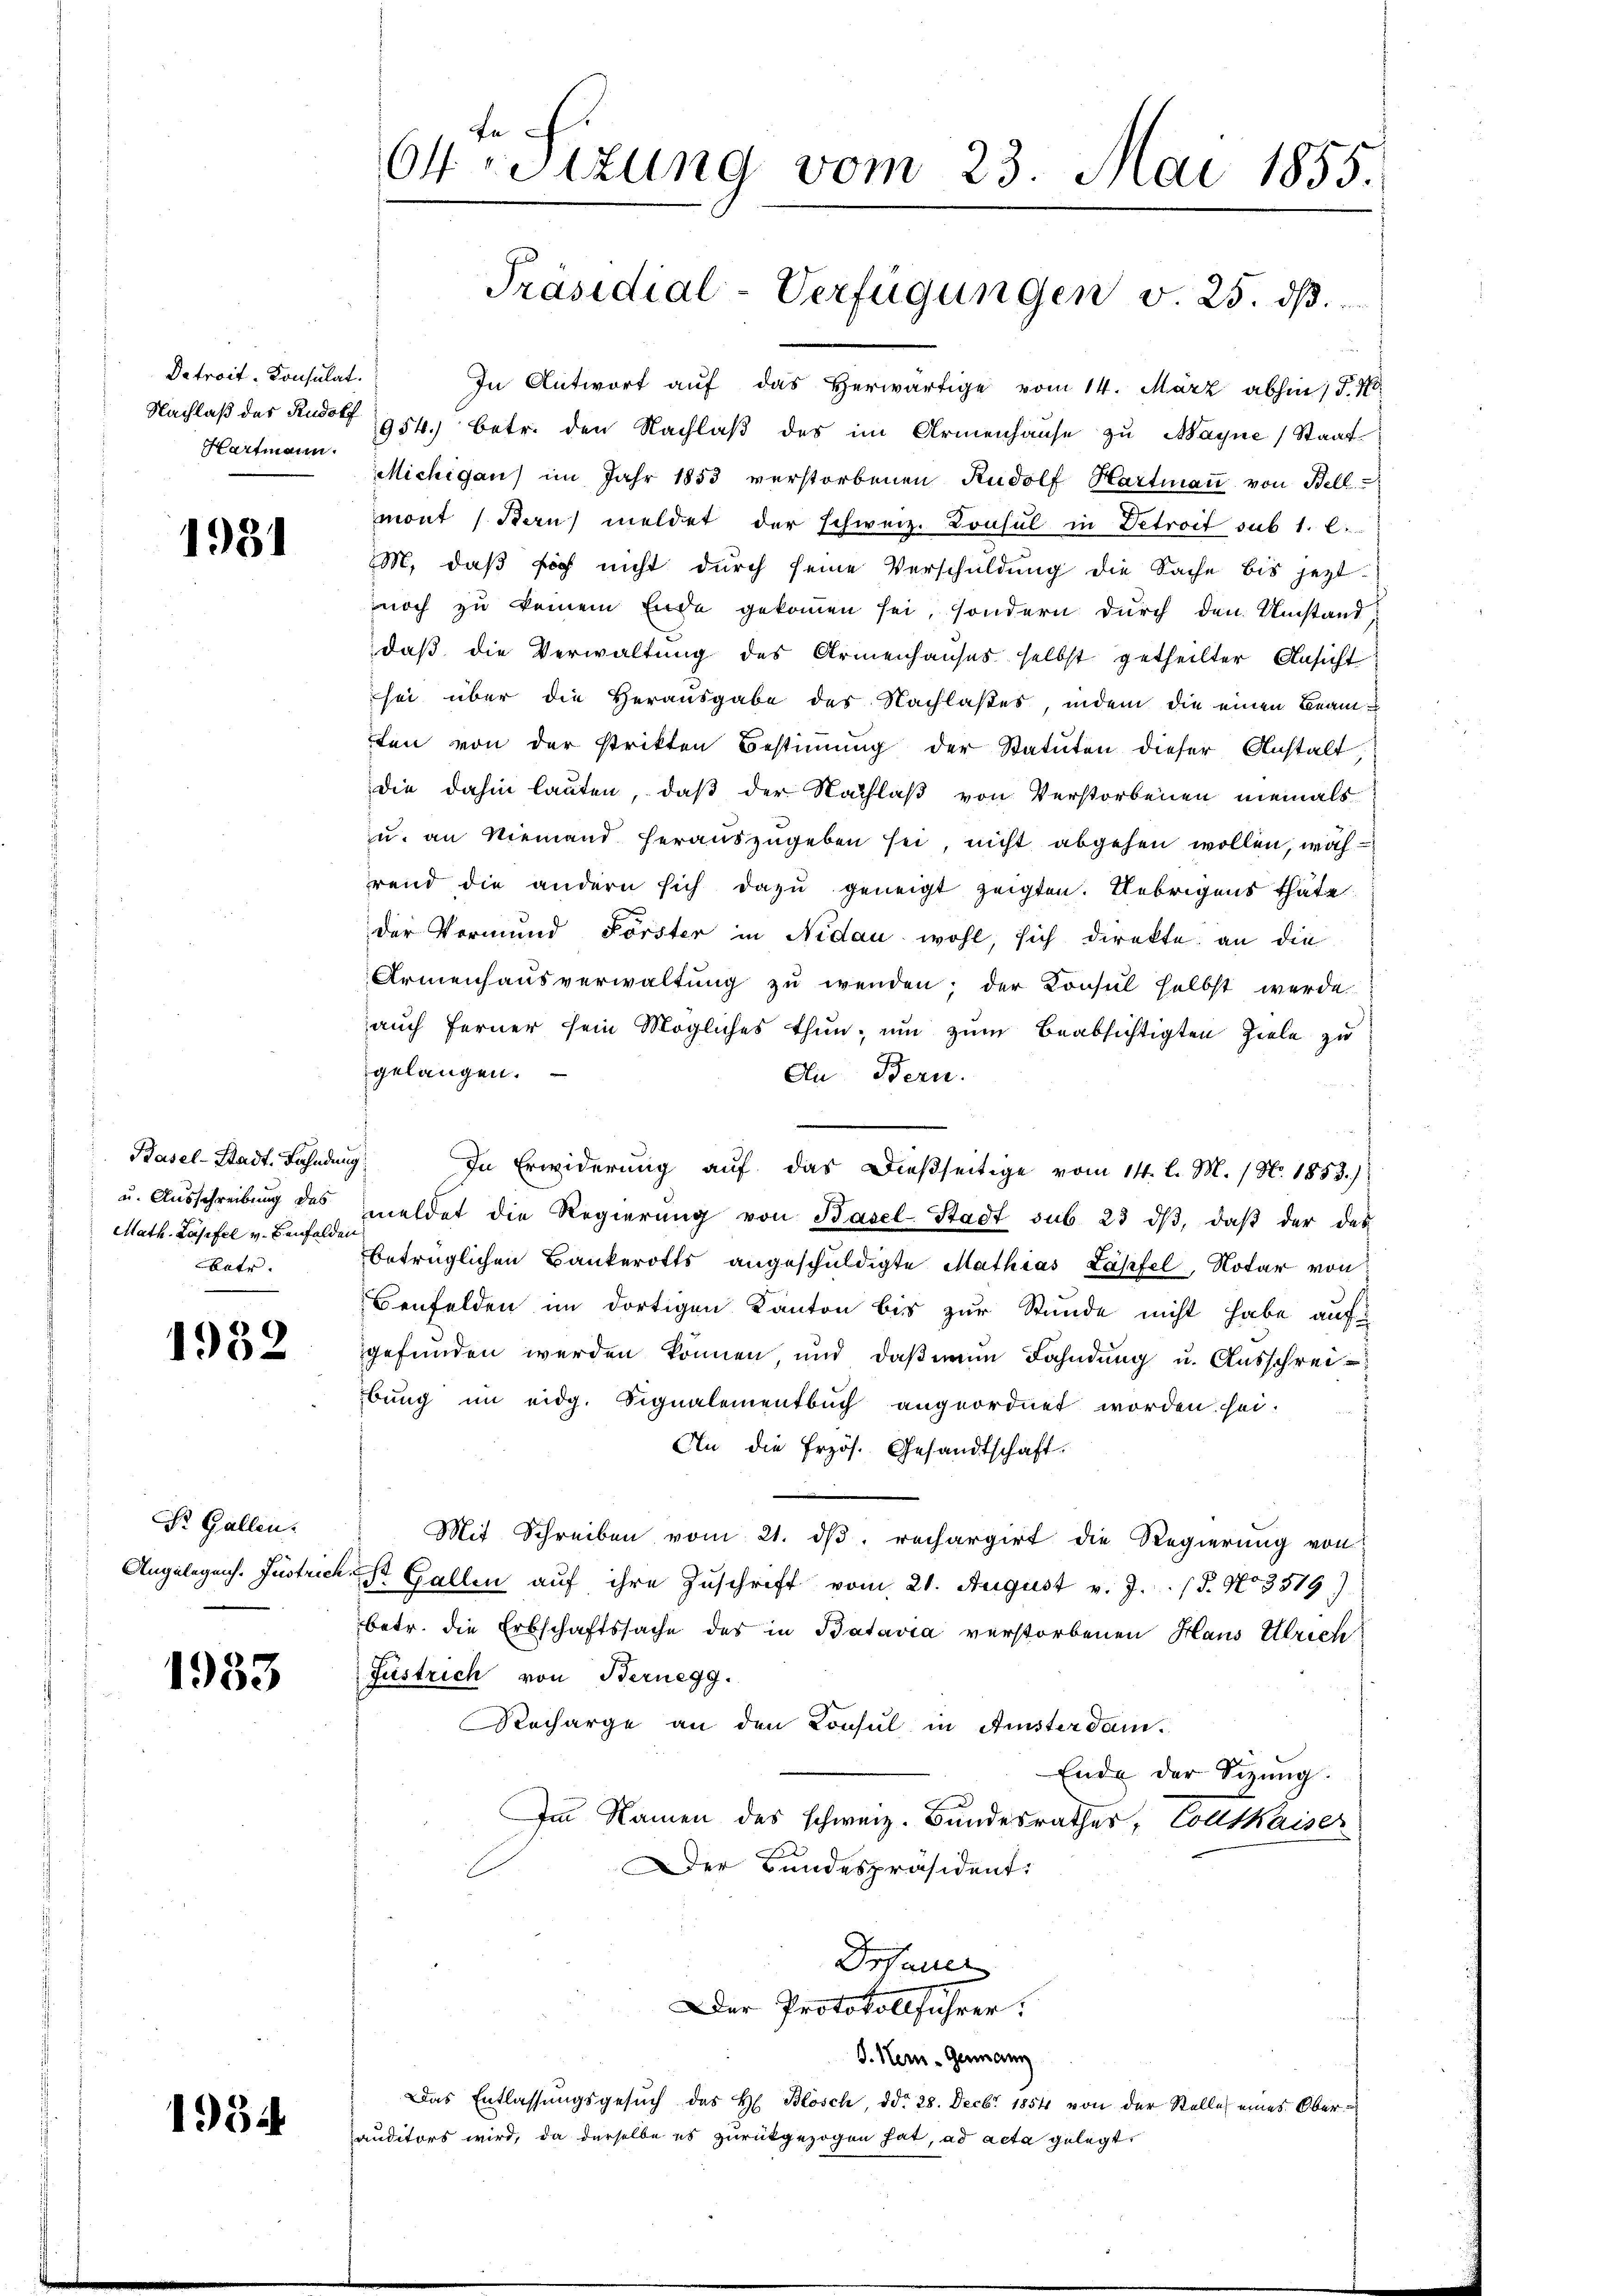
Detroit-Konsulat.
Hartmann.

1931

Basel-Stadt. Fahndung
u. Ausschreibung des
Math. Lasefel v. Benfelden
batr.

1932

Dr. Gallen.

1983

1954

64ten Sizung vom 23. Mai 1855.

Präsidial-Verfügungen § 25. ds.

In Antwort auf das herwärtige vom 14. März abhin, 5. No
Nachlaß des Rudolf 954.) Betr. den Nachlaβ des im Armenhause zu Mayne (Staat¬
Michigan) im Jahr 1853 verstorbenen Rudolf Hartmaṅ von Bell
mont (Bern meldet der Schweiz. Konsul in Detroit sub 1. l.
M. daß sich nicht durch seine Verschuldung die Sache bis jetzt
noch zu keinem Ende gekommen sei, sondern durch den Umstand,
daß die Verwaltung des Armenhauses selbst getheilter Ansicht
sei über die Herausgabe des Nachlaßes, indem die einen Beam
ten von der strikten Bestimmung der Statuten dieser Anstalt
die dahin lauten, daß der Nachlaß von Verstorbenen niemals
zu, an Niemand herauszugeben sei, nicht abgehen wollen, woh
rend die andern sich dazu geneigt zeigten. Uebrigens thäte
der Vormund Förster in Nidau wohl, sich direkte an die
Armenhaŭsverwaltŭng zŭ wenden; der Konsul selbst werde
auch ferner sein Mögliches thun, um zum beabsichtigten Ziele zu
gelangen.
Du Bern.
In Erwiderung auf das dießseitige vom 14. l. M. (N. 1853.)
meldet die Regierŭng von Basel-Stadt sub. 23 dβ, daβ der das
betrüglichen Bankerotts angeschuldigte Mathias Läpfel, Notar von
Benfelden im dortigen Kanton bis zur Stunde nicht habe auf
gefunden werden können und daß nun Fahndung u. Ausschreibŭng im eidg. Signalementbŭch angeordnet worden sei.
An die Erzös. Gesandtschaft.
Mit Schreiben vom 21. dβ. rechargirt die Regierung von
Angelegens. Füstrich St. Gallen auf ihre Zuschrift vom 21. August v. J. (T. No 3519)
betr. die Erbschaftssache des in Batavia verstorbenen Haus Ulrich
Gustrich von Bernegg.
Recharge an den Consul in Anster dam
Ende der Sitzung.
Im Namen des schweiz. Bundesrathes, Coutkaiser
Der Bundespräsident:
Drsauer
Der Protokollführer:
J. Hen-Germann
Das Entlassŭngsgesŭch des H. Blösch, ddo 28. Decbr 1854 von der Stelle eines Oberauditors wird, da derselbe es zurückgezogen hat, ad acta gelegt,